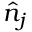
\hat { n } _ { j }